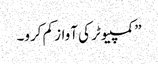
” کمپیوٹر کی آواز کم کرو۔